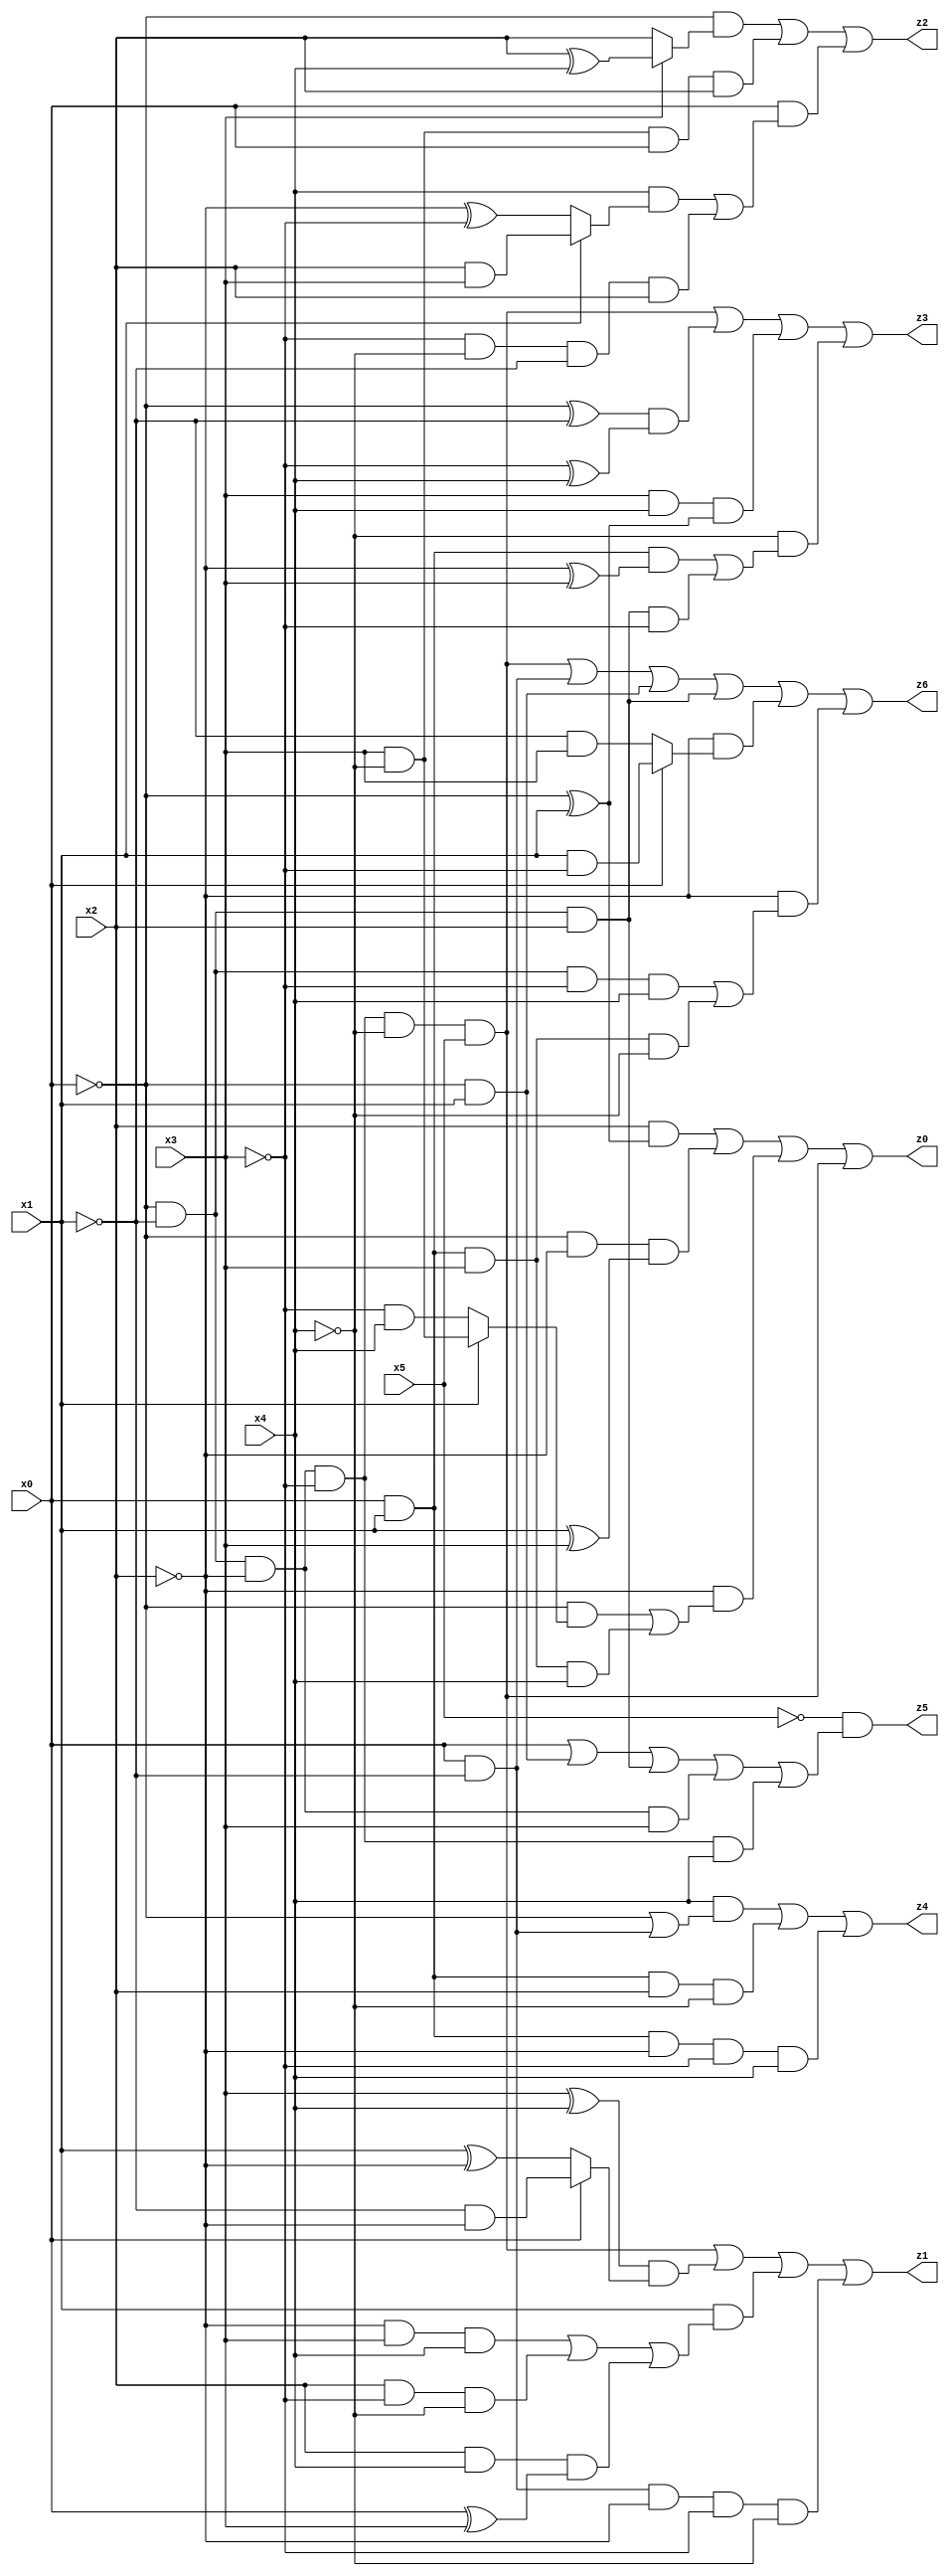
// Benchmark "X_10" written by ABC on Thu Jun 29 21:14:49 2023

module X_63 ( 
    x0, x1, x2, x3, x4, x5,
    z0, z1, z2, z3, z4, z5, z6  );
  input  x0, x1, x2, x3, x4, x5;
  output z0, z1, z2, z3, z4, z5, z6;
  assign z0 = (x2 & (~x0 ^ x1)) | (~x0 & ~x2 & (x1 ^ x3)) | (~x2 & ((~x0 & (x1 ? (x3 & ~x4) : (~x3 & x4))) | (x0 & x1 & x3 & x4))) | (~x0 & ~x1 & ~x2 & ~x3 & ~x4 & x5);
  assign z1 = (~x0 & ~x1 & ~x2 & ~x3 & ~x4 & x5) | ((x3 ^ x4) & (x0 ? (~x1 & ~x2) : (x1 ^ ~x2))) | (x1 & ((~x2 & x3 & x4) | (x2 & ~x3 & ~x4) | (x2 & x4 & (x0 ^ x3)))) | (x0 & ~x1 & ~x2 & ~x3 & ~x4);
  assign z2 = (~x0 & (x3 ? (x2 ^ x4) : x2)) | (x3 & ~x4 & x0 & x2) | (x0 & ((x4 & (x1 ? (x2 & x3) : (~x2 ^ ~x3))) | (~x3 & ~x4 & ~x1 & x2)));
  assign z3 = (~x0 & ~x1 & ~x2 & ~x3 & ~x4 & x5) | ((~x0 ^ ~x1) & (~x3 ^ x4)) | (x3 & x4 & (~x0 ^ x1)) | (~x4 & ((x0 & x1 & (~x2 ^ x3)) | (~x0 & ~x1 & x2 & ~x3)));
  assign z4 = (x4 & (~x0 | (x0 & ~x1))) | (x0 & x1 & x2 & ~x4) | (x0 & x1 & ~x2 & ~x3 & x4);
  assign z5 = ~x5 & (x0 | (~x0 & x1) | (~x0 & ~x1 & x2) | (~x0 & ~x1 & ~x2 & x3) | (~x0 & ~x1 & ~x2 & ~x3 & x4));
  assign z6 = (~x0 & ~x1 & ~x2 & ~x3 & ~x4 & x5) | (x0 & ~x1) | (~x0 & x1) | (~x0 & ~x1 & x2) | (~x2 & (x0 ? (x1 & ~x3) : (~x1 & x3))) | (~x2 & ((~x0 & ~x1 & ~x3 & x4) | (x0 & x1 & x3 & ~x4)));
endmodule